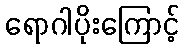
ရောဂါပိုးကြောင့်